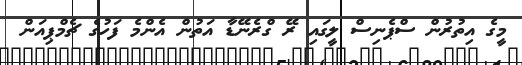
މީގެ އިތުރުން ސްޕެނިސް ލީގައި ރޭ ގްރެނޭޑާ އަތުން އެންމެ ފަހުގެ ޗެމްޕިއަން